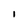
Character: 1